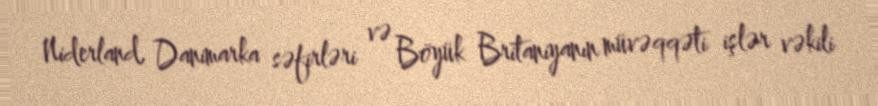
Niderland, Danimarka səfirləri və Böyük Britaniyanın müvəqqəti işlər vəkili